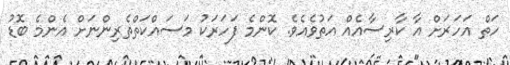
ހަތް އަހަރަށް އާ ކާރިސާއެއް އަތުވެއެވެ. ކޮންމެ ފަހަރަކު މަސައްކަތްތެރިންނަށް އެންމެ ބޮޑު